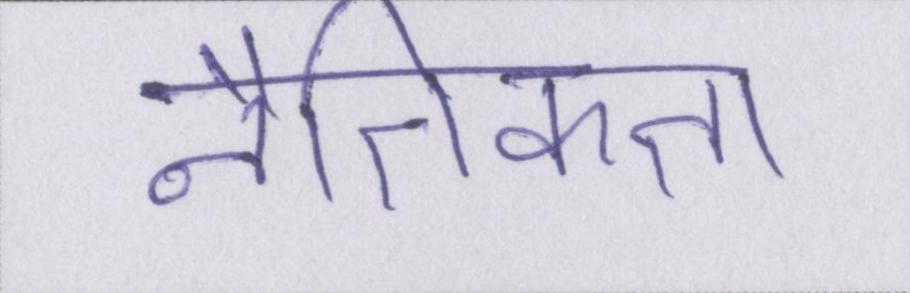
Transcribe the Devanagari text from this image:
नैतिकता